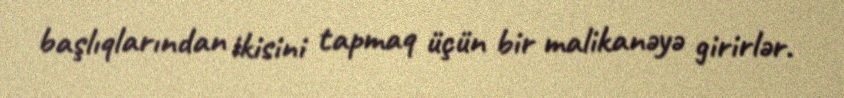
başlıqlarından ikisini tapmaq üçün bir malikanəyə girirlər.